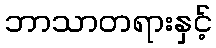
ဘာသာတရားနှင့်